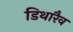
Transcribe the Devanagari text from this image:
डिथारैव